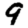
Digit: 9